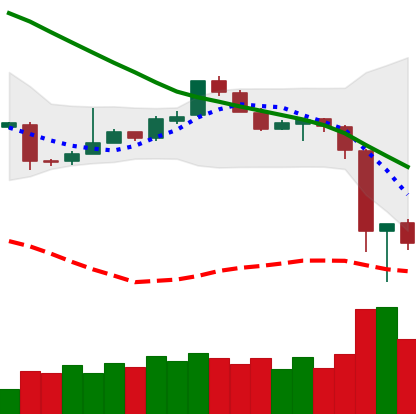
Ticker: EOS-USD
Chart end date: 2018-11-16
Forward return: -16.196%
Label: down_7plus